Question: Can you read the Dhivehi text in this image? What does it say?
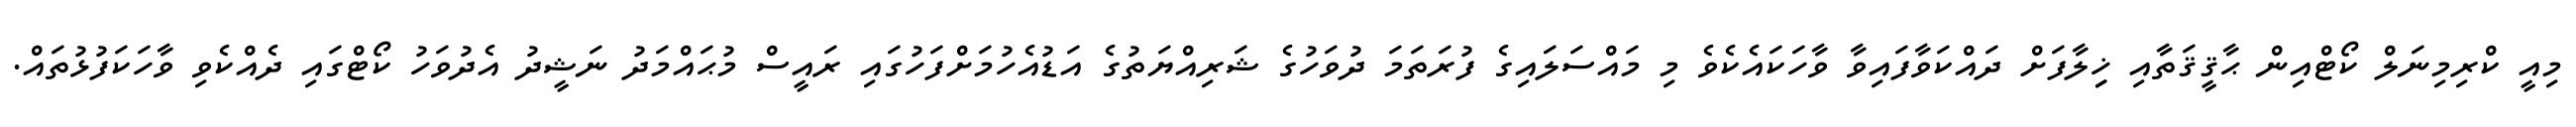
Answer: މިއީ ކްރިމިނަލް ކޯޓްއިން ޙާޤީޤަތާއި ޚިިލާފަށް ދައްކަވާފައިވާ ވާހަކައެކެވެ މި މައްސަލައިގެ ފުރަތަމަ ދުވަހުގެ ޝަރިއްޔަތުގެ އަޑުއެހުމަށްފަހުގައި ރައީސް މުޙައްމަދު ނަޝީދު އެދުވަހު ކޯޓްގައި ދެއްކެވި ވާހަކަފުޅުތައް.